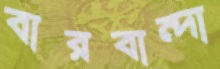
বারবান্দা